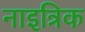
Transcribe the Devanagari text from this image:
नाइत्रिक